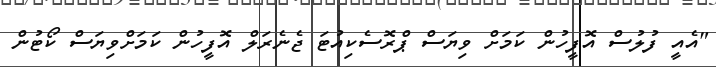
"އެއީ ފުލުސް އޮފީހުން ކަމަށް ވިޔަސް ޕްރޮސެކިއުޓަ ޖެނެރަލް އޮފީހުން ކަމަށްވިޔަސް ކޯޓުން